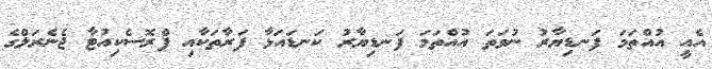
އެއީ އުއްތަމަ ފަނޑިޔާރު ނުވަތަ އުއްތަމަ ފަނޑިޔާރު ކަނޑައަޅާ ފަރާތަކާއި ޕްރޮސެކިއުޓާ ޖެނެރަލްގެ